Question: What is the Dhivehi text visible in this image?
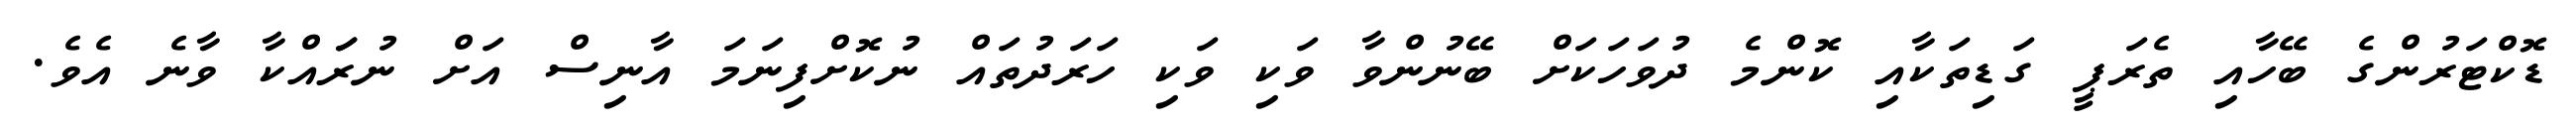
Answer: ޑޮކްޓަރުންގެ ބޭހާއި ތެރަޕީ ގަޑިތަކާއި ކޮންމެ ދުވަހަކަށް ބޭނުންވާ ވަކި ވަކި ހަރަދުތައް ނުކޮށްފިނަމަ އާނިސް އަށް ނުރަައްކާ ވާނެ އެވެ.